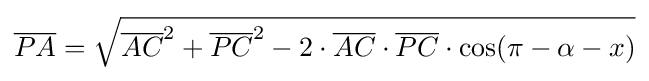
{\overline {PA}}={\sqrt {{\overline {AC}}^{2}+{\overline {PC}}^{2}-2\cdot {\overline {AC}}\cdot {\overline {PC}}\cdot \cos(\pi -\alpha -x)}}